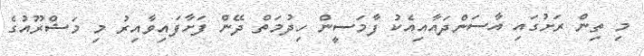
މި ތިން ރަށުގައި އާސަންދައާއިއެކު ފާމަސީން ހިދުމަތް ދޭން ފަށާފައިވާއިރު މި މަޝްރޫއުގެ